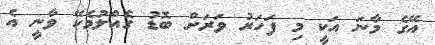
އޭގެ މާނަ އަކީ މި ފަހަރު ވަރަށް ބޮޑު ގެއްލުމެކޭ ވާނީ އެ